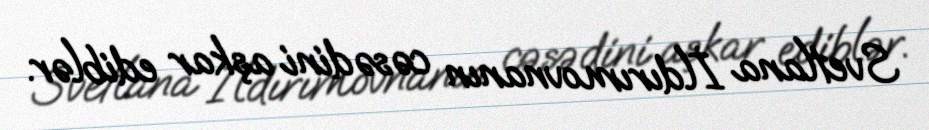
Svetlana İldırımovnanın cəsədini aşkar ediblər.